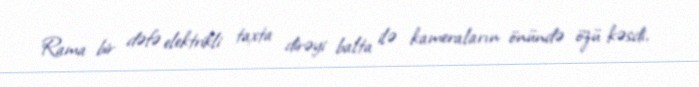
Rama bir dəfə elektrikli taxta dirəyi balta ilə kameraların önündə özü kəsdi,